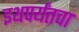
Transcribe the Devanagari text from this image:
इथपर्यंतचा